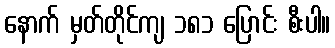
နောက် မှတ်တိုင်ကျ ၁၈၁ ပြောင်း စီးပါ။